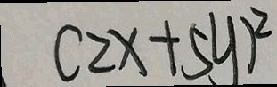
( 2 x + 5 y ) ^ { 2 }